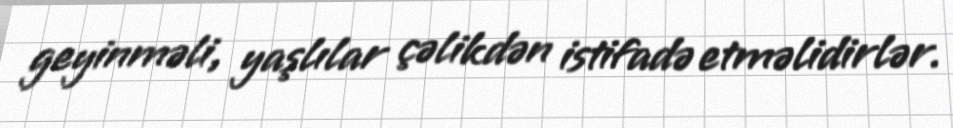
geyinməli, yaşlılar çəlikdən istifadə etməlidirlər.